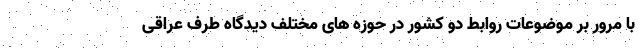
با مرور بر موضوعات روابط دو کشور در حوزه های مختلف دیدگاه طرف عراقی